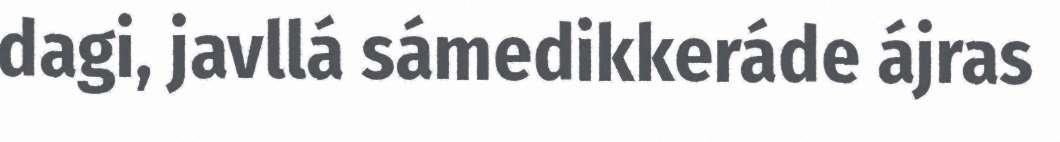
dagi, javllá sámedikkeráde ájras